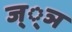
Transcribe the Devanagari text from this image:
ज््ञ